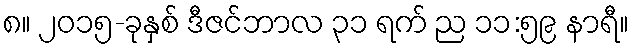
၈။ ၂၀၁၅-ခုနှစ် ဒီဇင်ဘာလ ၃၁ ရက် ည ၁၁:၅၉ နာရီ။